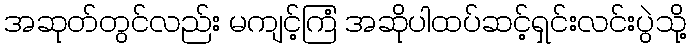
အဆုတ်တွင်လည်း မကျင့်ကြံ အဆိုပါထပ်ဆင့်ရှင်းလင်းပွဲသို့